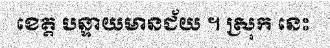
ខេត្ត បន្ទាយមានជ័យ ។ ស្រុក នេះ